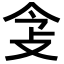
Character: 𢻶